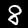
Label: 8